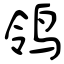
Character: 鸰